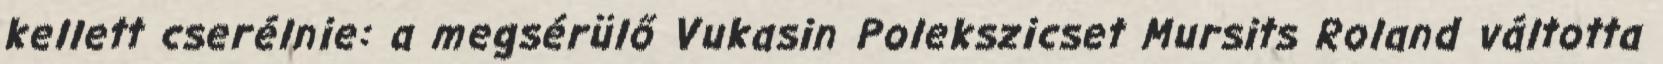
kellett cserélnie: a megsérülő Vukasin Polekszicset Mursits Roland váltotta